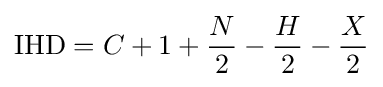
{\text{IHD}}=C+1+{\frac {N}{2}}-{\frac {H}{2}}-{\frac {X}{2}}